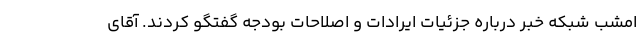
امشب شبکه خبر درباره جزئیات ایرادات و اصلاحات بودجه گفتگو کردند. آقای